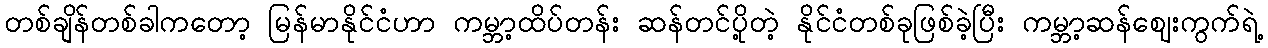
တစ်ချိန်တစ်ခါကတော့ မြန်မာနိုင်ငံဟာ ကမ္ဘာ့ထိပ်တန်း ဆန်တင်ပို့တဲ့ နိုင်ငံတစ်ခုဖြစ်ခဲ့ပြီး ကမ္ဘာ့ဆန်ဈေးကွက်ရဲ့